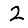
Digit: 2